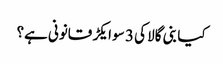
کیا بنی گالا کی 3 سو ایکڑ قانونی ہے؟